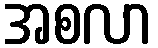
အစလာ